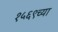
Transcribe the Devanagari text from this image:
१५६९च्या